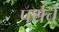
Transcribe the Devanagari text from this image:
पर्थचे